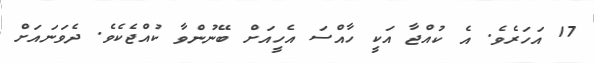
17 އަހަރެވެ. އެ ކުއްޖާ އަކީ ހާއްސަ އެހީއަށް ބޭނުންވާ ކުއްޖެކެވެ. ދެވަނައަށް